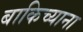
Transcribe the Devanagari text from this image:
बाकिच्याना